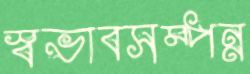
স্বভাবসম্পন্ন